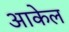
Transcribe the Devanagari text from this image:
आकेल